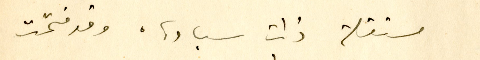
مستقلا ذات سيادة، وقد فتحت